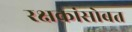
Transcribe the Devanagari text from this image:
रक्षकांसोबत